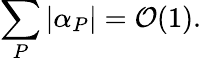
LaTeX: \sum_{P}|\alpha_{P}|=\mathcal{O}(1).